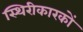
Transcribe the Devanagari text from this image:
स्थिरीकारकों